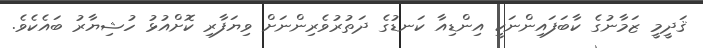
ޤަދީމީ ޒަމާނުގެ ކާބަފައިންނަކީ އިންޑިއާ ކަނޑުގެ ދަތުރުވެރިންނަށް ވިޔަފާރި ކޮށްއުޅު ހުޝިޔާރު ބައެކެވެ.